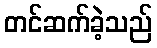
တင်ဆက်ခဲ့သည်